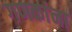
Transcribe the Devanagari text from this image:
गणकांना